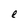
Character: e